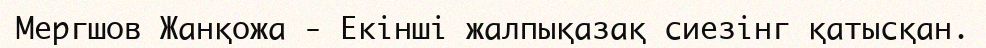
Мергшов Жанқожа - Екінші жалпықазақ сиезінг қатысқан.